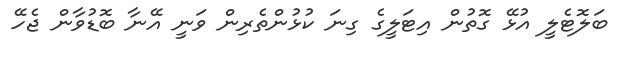
ބަލޮޓެލީ އުޅޭ ގޮތުން އިޓަލީގެ ގިނަ ކުޅުންތެރިން ވަނީ އޭނާ ބޮޑުވާން ޖެހޭ